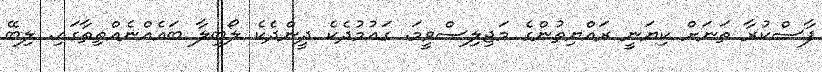
ފާސްކުރާ ތަނަށް ކިޔަނީ ރައްޔިތުންގެ މަޖިލިސްވީމަ. ގައުމުދެކެ ދީންދެކެ ލޯބިލާ ބައެއްނެއްތިތާގައި. ލިބޭ